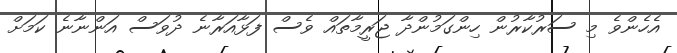
އެހެންވެ މި ސަރުކާރުން ހިންގަމުންދާ ޖަރީމާތައް ވެސް ފަޅާއަރާނެ ދުވަސް އަންނާނެ ކަމަށް